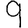
Digit: 9